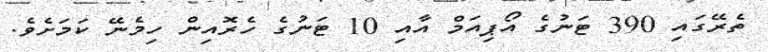
ތެރޭގައި 390 ޓަނުގެ އޯޕިއަމް އާއި 10 ޓަނުގެ ހެރޮއިން ހިމެނޭ ކަމަށެވެ.